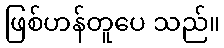
ဖြစ်ဟန်တူပေ သည်။